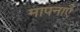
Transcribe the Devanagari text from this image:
मापनाएँ